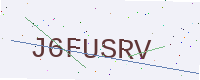
Text: J6FUSRV